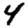
Digit: 4